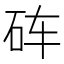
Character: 砗